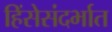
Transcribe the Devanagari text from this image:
हिंसेसंदर्भात